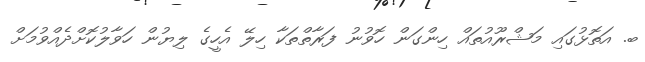
ބ. އަތޮޅުގައި މަޝްރޫއުތައް ހިންގަން ހޮވުނު ފަރާތްތަކާ ހިލޭ އެހީގެ ލިޔުން ހަވާލުކޮށްދެއްވުމަށް